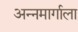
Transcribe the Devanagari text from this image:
अन्नमार्गाला